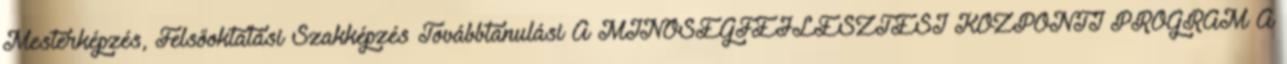
Mesterképzés, Felsőoktatási Szakképzés Továbbtanulási A MINŐSÉGFEJLESZTÉSI KÖZPONTI PROGRAM A